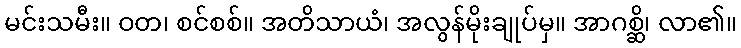
မင်းသမီး။ ဝတ၊ စင်စစ်။ အတိသာယံ၊ အလွန်မိုးချုပ်မှ။ အာဂစ္ဆိ၊ လာ၏။